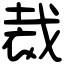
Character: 裁